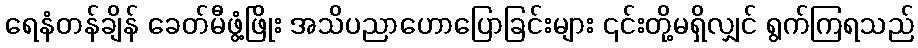
ရေနံတန်ချိန် ခေတ်မီဖွံ့ဖြိုး အသိပညာဟောပြောခြင်းများ ၎င်းတို့မရှိလျှင် ရွက်ကြရသည်